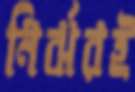
নির্ঝরই